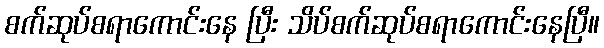
စက်ဆုပ်စရာကောင်းနေ ပြီး သိပ်စက်ဆုပ်စရာကောင်းနေပြီ။